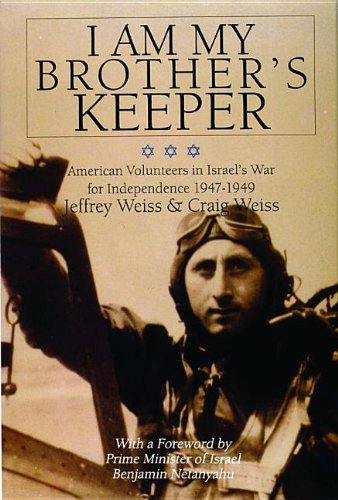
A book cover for I Am My Brother's Keeper: American Volunteers in Israels War for Independence 1947-1949 (Schiffer Military History); Craig Weiss; History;